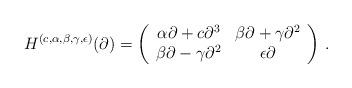
LaTeX: \begin{align*}H^{(c,\alpha,\beta,\gamma,\epsilon)}(\partial)= \left(\begin{array}{cc} \alpha \partial + c\partial^3 & \beta \partial + \gamma \partial^2 \\\beta \partial -\gamma \partial^2 & \epsilon \partial\end{array}\right)\,.\end{align*}